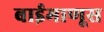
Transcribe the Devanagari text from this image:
बाईमाणूस